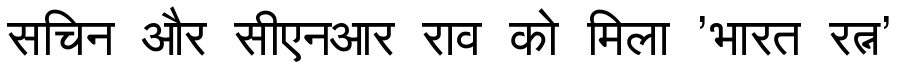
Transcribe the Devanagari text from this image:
सचिन और सीएनआर राव को मिला 'भारत रत्न'